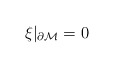
\begin{align*}\xi \vert_{\partial{\cal M}}=0 \end{align*}